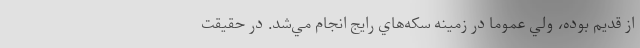
از قديم بوده، ولي عموما در زمينه سكه‌هاي رايج انجام مي‌شد. در حقيقت